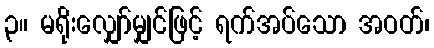
၃။ မရိုးလျှော်မျှင်ဖြင့် ရက်အပ်သော အဝတ်၊